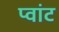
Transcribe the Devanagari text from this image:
प्वांट